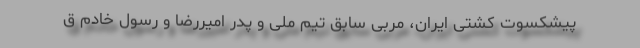
پیشکسوت کشتی ایران، مربی سابق تیم ملی و پدر امیررضا و رسول خادم ق